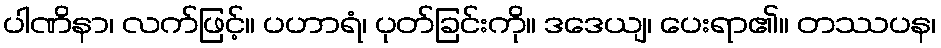
ပါဏိနာ၊ လက်ဖြင့်။ ပဟာရံ၊ ပုတ်ခြင်းကို။ ဒဒေယျ၊ ပေးရာ၏။ တဿပန၊